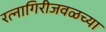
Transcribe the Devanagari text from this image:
रत्नागिरीजवळच्या